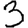
Digit: 3